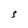
Character: S